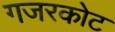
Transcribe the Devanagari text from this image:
गजरकोट